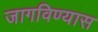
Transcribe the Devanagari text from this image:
जागविण्यास